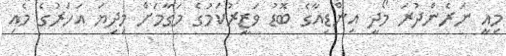
މިއީ ނަރެންދުރަ މޯދީ އިންޑިއާގެ ބޮޑު ވަޒީރުކަމުގެ މަގާމަށް މިދިޔަ އަހަރުގެ މެެއި